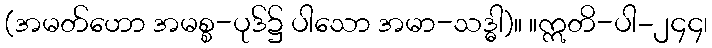
(အမတ်ဟော အမစ္စ-ပုဒ်၌ ပါသော အမာ-သဒ္ဓါ)။ ။ဣတိ-ပါ-၂၄၄၊